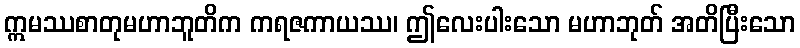
ဣမဿစာတုမဟာဘူတိက ကရဇကာယဿ၊ ဤလေးပါးသော မဟာဘုတ် အတိပြီးသော